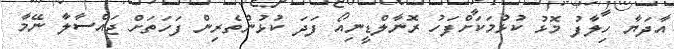
އާދަޔާ ހިލާފު މޮޅު ކުޅުމަކަށްފަހު ރޮނާލްޑީނިއޯ ފަދަ ކުޅުންތެރިން ފަހަތަށް ޖައްސާލާ ނޭމާ